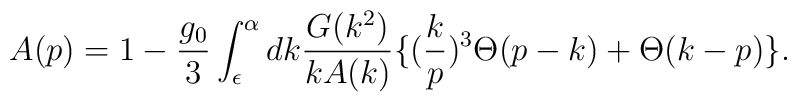
A(p) = 1 - \frac{g_0}{3} \int _\epsilon ^\alpha dk\frac{G(k^2) }{k A (k)}\{(\frac{k}{p})^3 \Theta (p - k) + \Theta (k - p) \}.